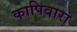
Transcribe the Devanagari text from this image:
कापिवारा